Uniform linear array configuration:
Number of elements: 8
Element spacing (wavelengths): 0.5
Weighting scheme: blackman
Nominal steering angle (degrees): -45
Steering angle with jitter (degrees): -45.857
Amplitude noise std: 0.05
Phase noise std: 0.05

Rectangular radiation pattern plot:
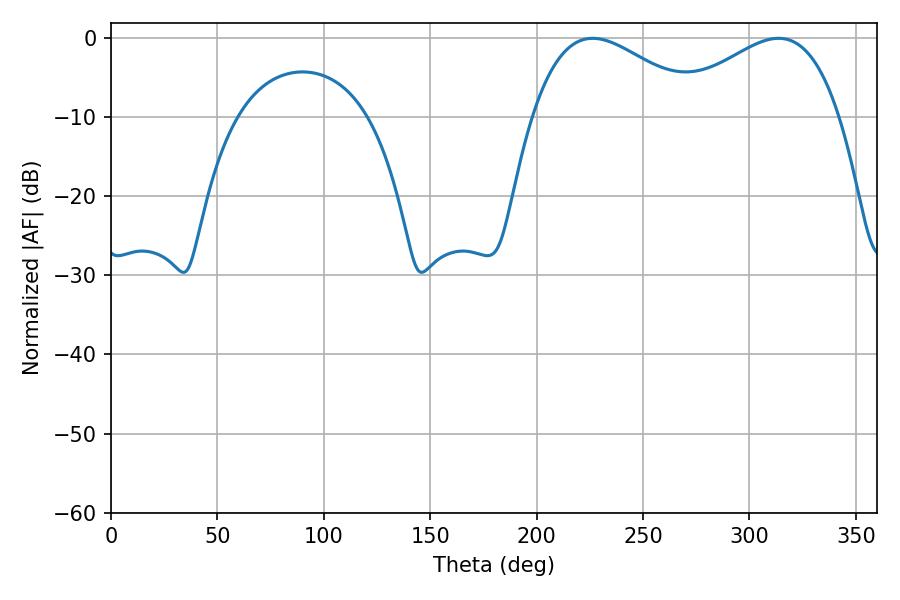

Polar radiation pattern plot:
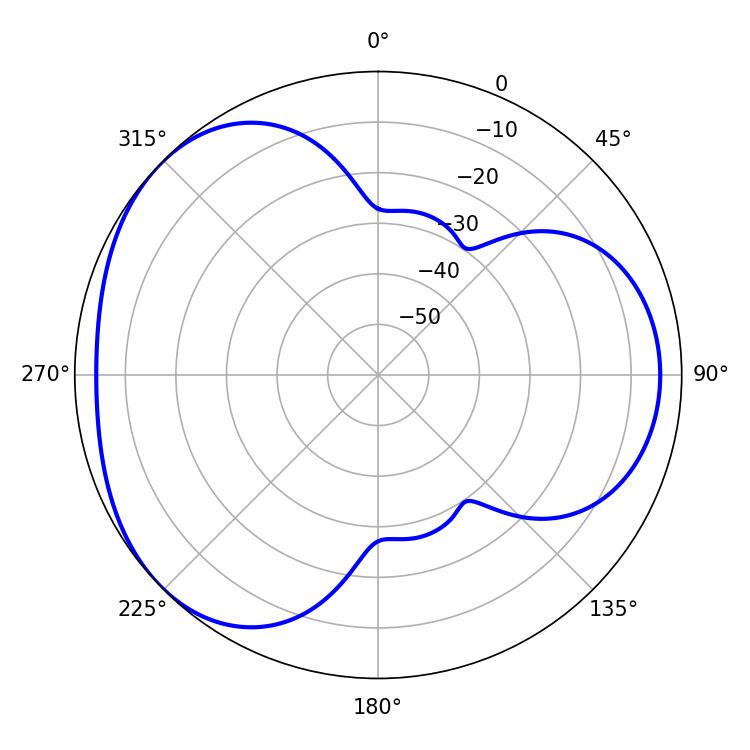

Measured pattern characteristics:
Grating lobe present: FALSE
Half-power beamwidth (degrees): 43.74
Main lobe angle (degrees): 226.26